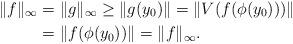
LaTeX: \begin{align*} \|f\|_\infty &=\|g\|_\infty \ge \|g(y_0)\|=\|V(f(\phi(y_0)))\| \\ &= \|f(\phi(y_0))\|=\|f\|_\infty.\end{align*}